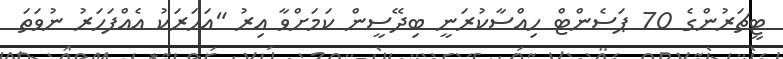
ޓީޗަރުންގެ 70 ޕަސެންޓް ހިއްސާކުރަނީ ބިދޭސީން ކަމަށްވާ އިރު "އަހަރަކު އެއްފަހަރު ނުވަތަ